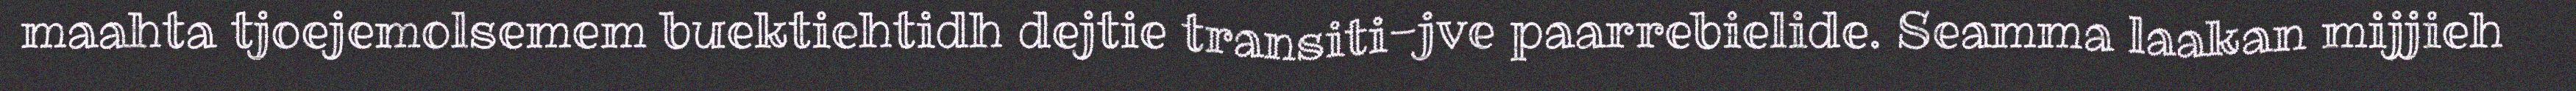
maahta tjoejemolsemem buektiehtidh dejtie transiti-jve paarrebielide. Seamma laakan mijjieh